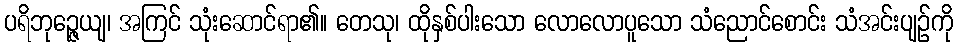
ပရိဘုဉ္ဇေယျ၊ အကြင် သုံးဆောင်ရာ၏။ တေသု၊ ထိုနှစ်ပါးသော လောလောပူသော သံညောင်စောင်း သံအင်းပျဉ်ကို